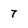
Character: 7